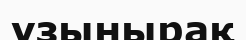
ұзынырақ